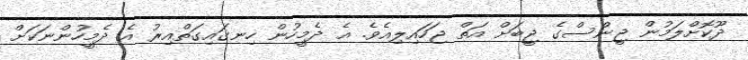
ދޫކޮށްލަމުން ޖީންސްގެ ޖީބަށް އަތް ޖަހައިލިއެވެ. އެ ދެމީހުން ހިނގައިގަތްއިރު އެ ދެމީހުންނަކަށް